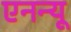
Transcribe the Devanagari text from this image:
एनन्यू